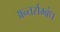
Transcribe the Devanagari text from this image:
अन्तर्सम्बंध